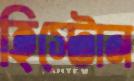
হিস্টোন